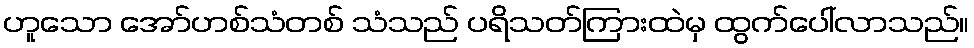
ဟူသော အော်ဟစ်သံတစ် သံသည် ပရိသတ်ကြားထဲမှ ထွက်ပေါ်လာသည်။